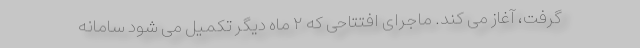
گرفت، آغاز می کند. ماجرای افتتاحی که ۲ ماه دیگر تکمیل می شود سامانه